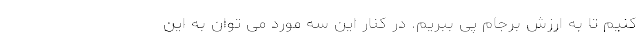
کنیم تا به ارزش برجام پی ببریم. در کنار این سه مورد می توان به این